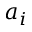
a _ { i }